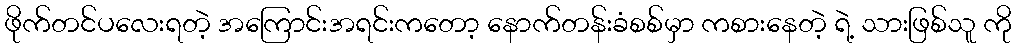
ဖိုက်တင်ပလေးရတဲ့ အကြောင်းအရင်းကတော့ နောက်တန်းခံစစ်မှာ ကစားနေတဲ့ ရဲ့ သားဖြစ်သူ ကို